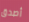
أصدق